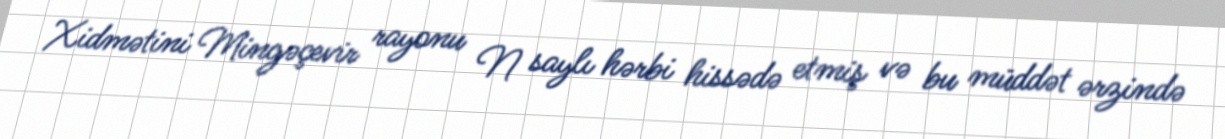
Xidmətini Mingəçevir rayonu N saylı hərbi hissədə etmiş və bu müddət ərzində